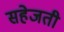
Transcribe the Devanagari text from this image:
सहेजती